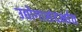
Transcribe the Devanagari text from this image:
उद्योगासंदर्भात